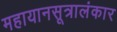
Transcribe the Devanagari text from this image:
महायानसूत्रालंकार